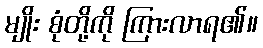
မျိုး စုံတို့ကို ကြားလာရ၏။